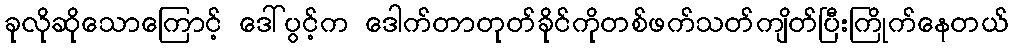
ခုလိုဆိုသောကြောင့် ဒေါ်ပွင့်က ဒေါက်တာတုတ်ခိုင်ကိုတစ်ဖက်သတ်ကျိတ်ပြီးကြိုက်နေတယ်